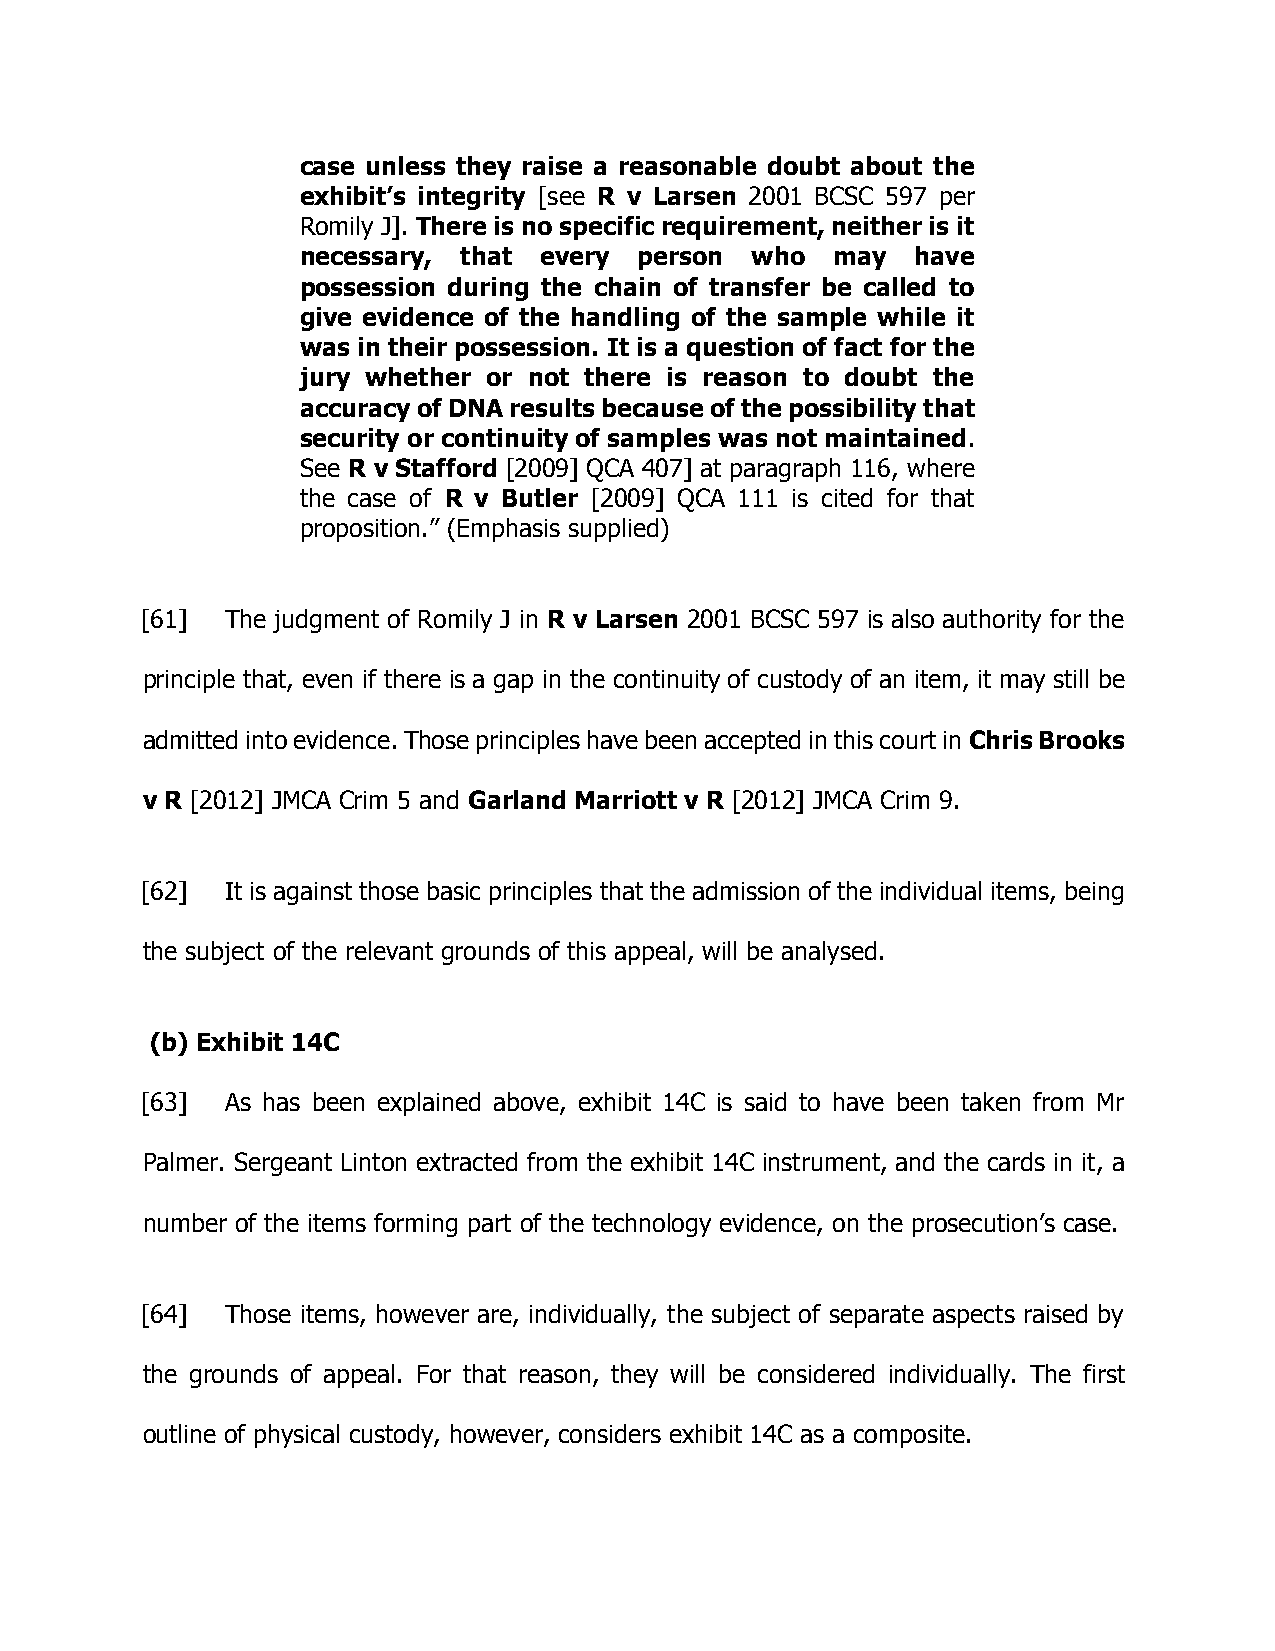
case unless they raise a reasonable doubt about the
 exhibit’s integrity [see R v Larsen 2001 BCSC 597 per
 Romily J]. There is no specific requirement, neither is it
 necessary, that every person  who  may   have
 possession during the chain of transfer be called to
 give evidence of the handling of the sample while it
 was in their possession. It is a question of fact for the
 jury whether or not there is reason to doubt the
 accuracy of DNA results because of the possibility that
 security or continuity of samples was not maintained.
 See R v Stafford [2009] QCA 407] at paragraph 116, where
 the case of R v Butler [2009] QCA 111 is cited for that
 proposition.” (Emphasis supplied)
 [61]  The judgment of Romily J in R v Larsen 2001 BCSC 597 is also authority for the
 principle that, even if there is a gap in the continuity of custody of an item, it may still be
 admitted into evidence. Those principles have been accepted in this court in Chris Brooks
 v R [2012] JMCA Crim 5 and Garland Marriott v R [2012] JMCA Crim 9.
 [62]  It is against those basic principles that the admission of the individual items, being
 the subject of the relevant grounds of this appeal, will be analysed.
 (b) Exhibit 14C
 [63]  As has been explained above, exhibit 14C is said to have been taken from Mr
 Palmer. Sergeant Linton extracted from the exhibit 14C instrument, and the cards in it, a
 number of the items forming part of the technology evidence, on the prosecution’s case.
 [64]  Those items, however are, individually, the subject of separate aspects raised by
 the grounds of appeal. For that reason, they will be considered individually. The first
 outline of physical custody, however, considers exhibit 14C as a composite.